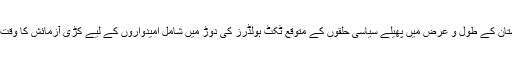
پاکستان کے طول و عرض میں پھیلے سیاسی حلقوں کے متوقع ٹکٹ ہولڈرز کی دوڑ میں شامل امیدواروں کے لیے کڑی آزمائش کا وقت تھا۔